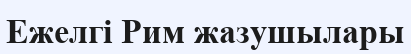
Ежелгі Рим жазушылары